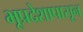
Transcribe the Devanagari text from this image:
भूप्रदेशापासून